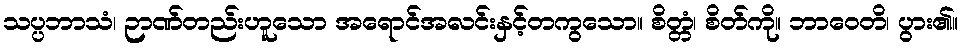
သပ္ပဘာသံ၊ ဉာဏ်တည်းဟူသော အရောင်အလင်းနှင့်တကွသော။ စိတ္တံ၊ စိတ်ကို။ ဘာဝေတိ၊ ပွား၏။